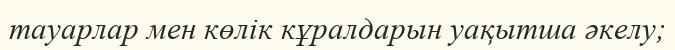
тауарлар мен көлік кұралдарын уақытша әкелу;